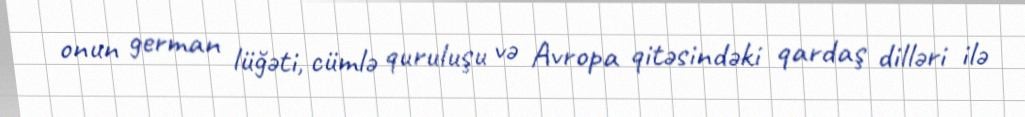
onun german lüğəti, cümlə quruluşu və Avropa qitəsindəki qardaş dilləri ilə